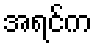
အရင်က